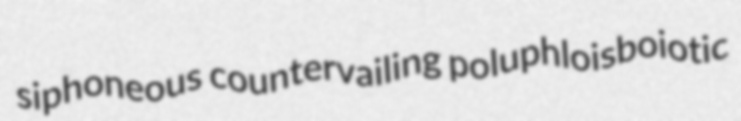
siphoneous countervailing poluphloisboiotic